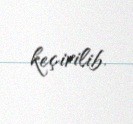
keçirilib.